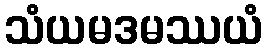
သံယမဒမဿယံ